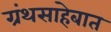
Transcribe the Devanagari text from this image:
ग्रंथसाहेबात